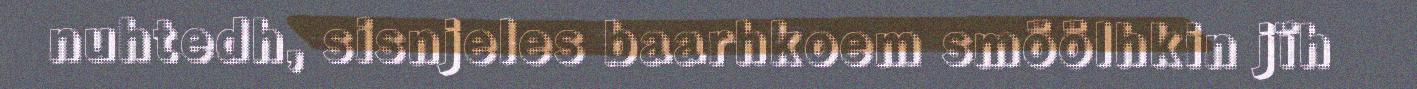
nuhtedh, sisnjeles baarhkoem smöölhkin jïh